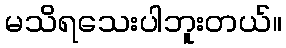
မသိရသေးပါဘူးတယ်။